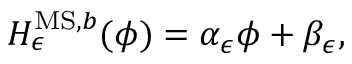
H _ { \epsilon } ^ { \mathrm { M S , } b } ( \phi ) = \alpha _ { \epsilon } \phi + \beta _ { \epsilon } ,